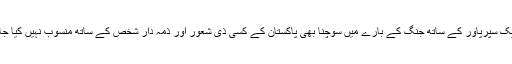
اور ایک سپرُپاور کے ساتھ جنگ کے بارے میں سوچنا بھی پاکستان کے کسی ذی شعور اور ذمہ دار شخص کے ساتھ منسوب نہیں کیا جاسکتا۔